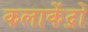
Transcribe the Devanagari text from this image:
कलाकेंद्रों